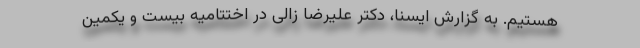
هستیم. به گزارش ایسنا، دکتر علیرضا زالی در اختتامیه بیست و یکمین